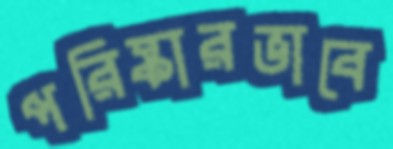
পরিষ্কারভাবে